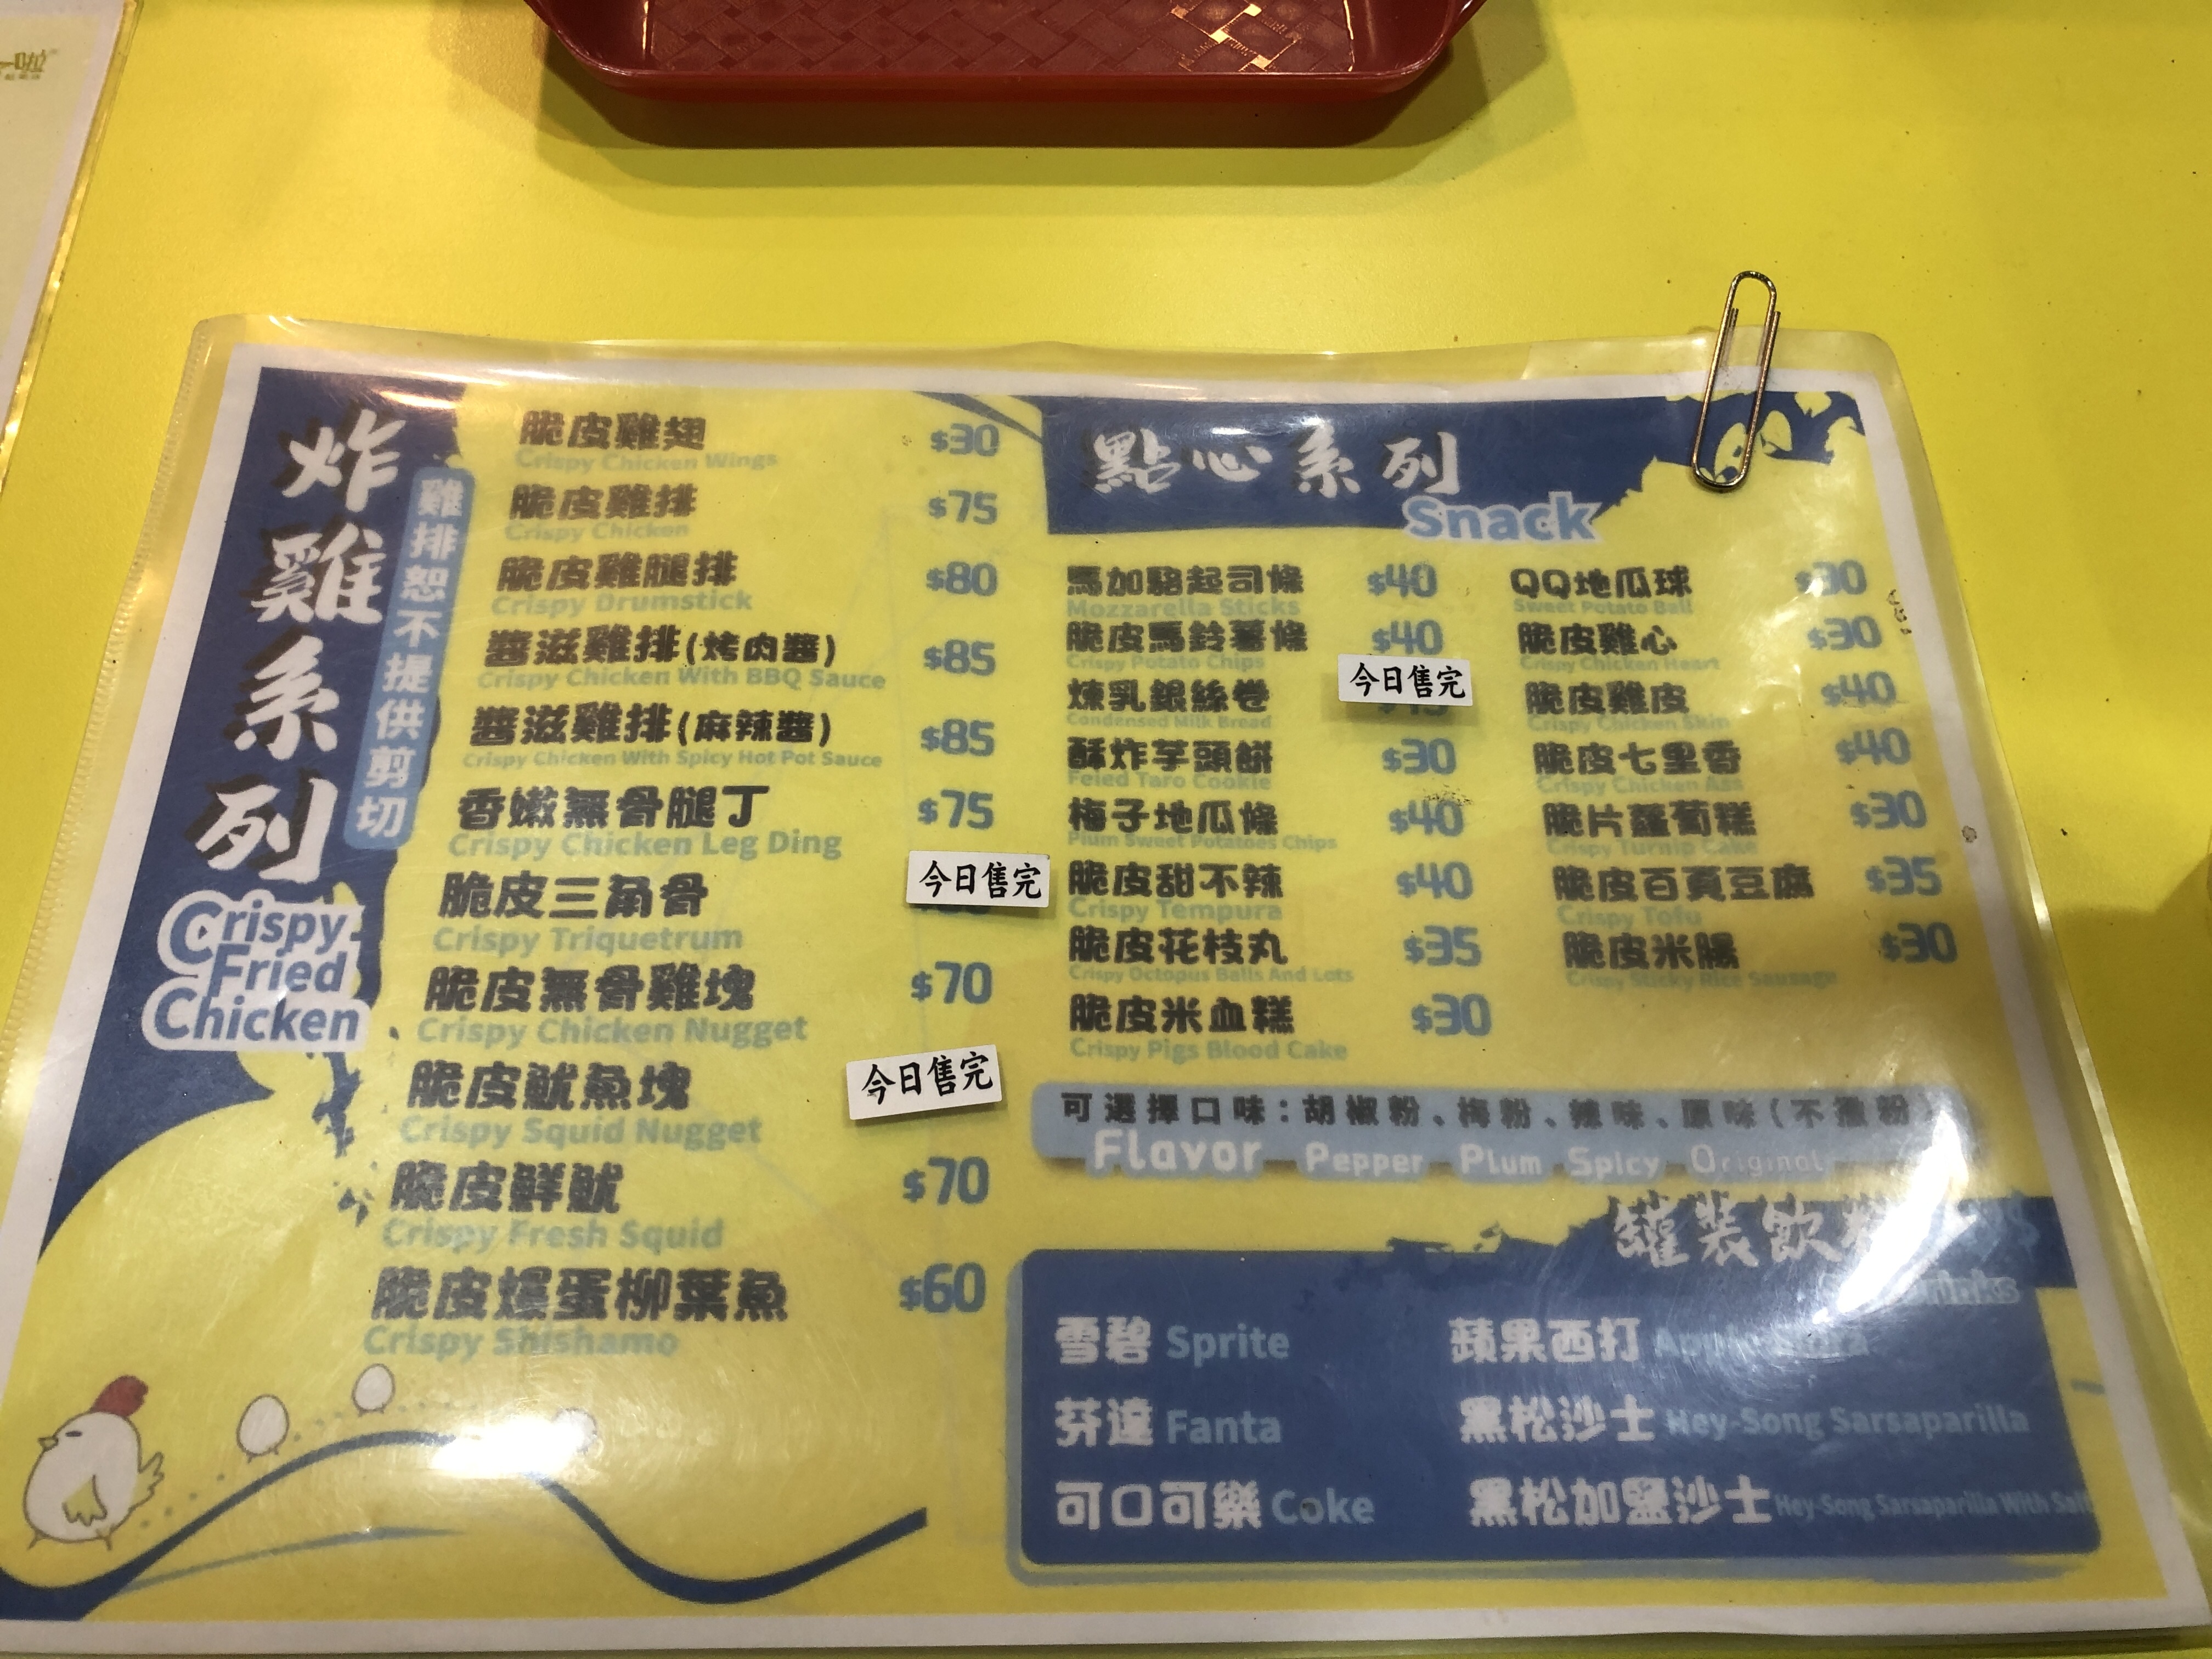
菜單：
name: Crispy Chicken Wings
price: $30
name: Crispy Chicken
price: $75
name: Crispy Drumstick
price: $80
name: Crispy Chicken With BBQ Sauce
price: $85
name: Crispy Chicken With Spicy Hot Pot Sauce
price: $85
name: Crispy Chicken Leg Ding
price: $75
name: Crispy Triquetrum
price: -1
name: Crispy Chicken Nugget
price: $70
name: Crispy Squid Nugget
price: -1
name: Crispy Fresh Squid
price: $70
name: Crispy Shishamo
price: $60
name: Mozzarella Sticks
price: $40
name: Crispy Potato Chips
price: $40
name: Condensed Milk Bread
price: -1
name: Crispy Taro Cookie
price: $30
name: Sweet Potatoes Chips
price: $40
name: Crispy Tempura
price: $40
name: Crispy Octopus Balls And Lots
price: $35
name: Crispy Pigs Blood Cake
price: $30
name: Sweet Potato Ball
price: $30
name: Crispy Chicken Heart
price: $30
name: Crispy Chicken Skin
price: $40
name: Crispy Chicken Ass
price: $40
name: Crispy Turnip Cake
price: $30
name: Crispy Tofu
price: $35
name: Crispy Sticky Rice Sausage
price: $30
name: Sprite
price: -1
name: Fanta
price: -1
name: Coke
price: -1
name: Apple Sidra
price: -1
name: Hey-Song Sarsaparilla
price: -1
name: Hey-Song Sarsaparilla With Salt
price: -1